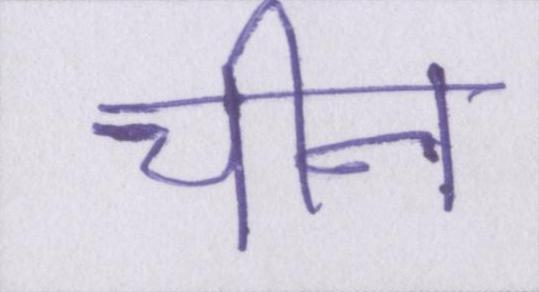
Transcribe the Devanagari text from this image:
चीन